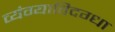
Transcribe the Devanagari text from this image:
व्यंग्याविदग्धा